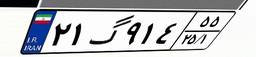
۲۱گ۹۱۴۵۵